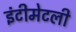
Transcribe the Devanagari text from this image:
इंटीमेटली